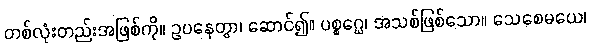
တစ်လုံးတည်းအဖြစ်ကို။ ဥပနေတွာ၊ ဆောင်၍။ ပစ္စဂ္ဃေ၊ အသစ်ဖြစ်သော။ သေစေမယေ၊